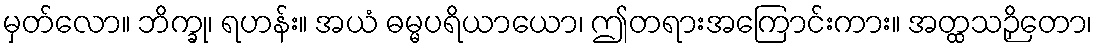
မှတ်လော။ ဘိက္ခု၊ ရဟန်း။ အယံ ဓမ္မပရိယာယော၊ ဤတရားအကြောင်းကား။ အတ္ထသဉှိတော၊